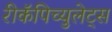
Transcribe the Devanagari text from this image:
रीकॅपिच्युलेट्स